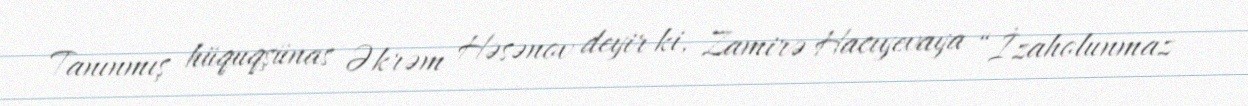
Tanınmış hüquqşünas Əkrəm Həsənov deyir ki, Zamirə Hacıyevaya “İzaholunmaz